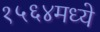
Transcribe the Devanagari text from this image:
१५६४मध्ये